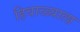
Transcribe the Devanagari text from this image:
हिवाळ्याला